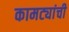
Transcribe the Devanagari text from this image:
कामट्यांची